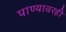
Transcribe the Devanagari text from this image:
पाण्यावरही